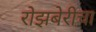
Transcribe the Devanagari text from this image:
रोझबेरीचा